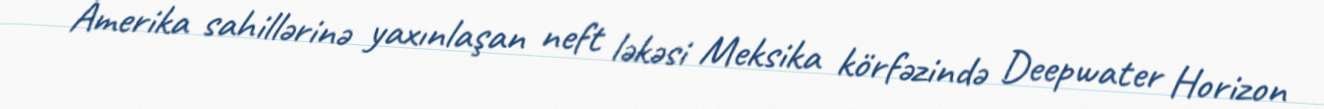
Amerika sahillərinə yaxınlaşan neft ləkəsi Meksika körfəzində Deepwater Horizon